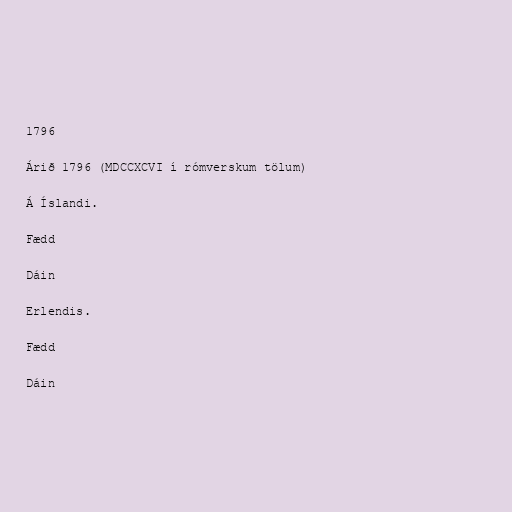
1796

Árið 1796 (MDCCXCVI í rómverskum tölum)

Á Íslandi.

Fædd

Dáin

Erlendis.

Fædd

Dáin